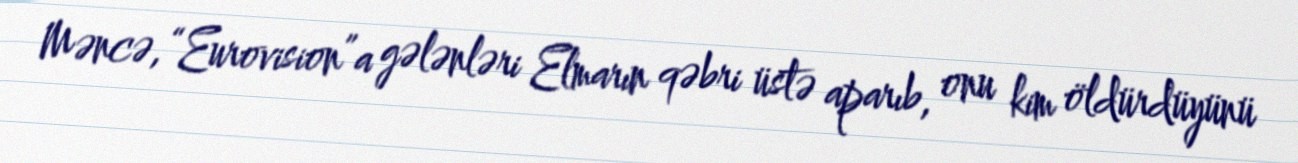
Məncə, “Eurovision”a gələnləri Elmarın qəbri üstə aparıb, onu kim öldürdüyünü